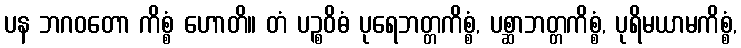
ပန ဘဂဝတော ကိစ္စံ ဟောတိ။ တံ ပဉ္စဝိဓံ ပုရေဘတ္တကိစ္စံ, ပစ္ဆာဘတ္တကိစ္စံ, ပုရိမယာမကိစ္စံ,